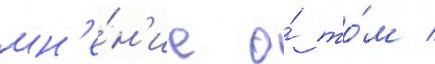
мн'е́н'ие о́ то́м /